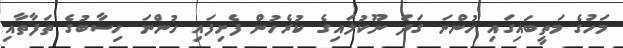
މަހުގެ މަތީބައިގައި ހުންނަ ގަދަ ނޫކުލައިގެ ކުރެހުން ފެށިފައި ހުންނަ ހިސާބުގެ ތަފާތާއި